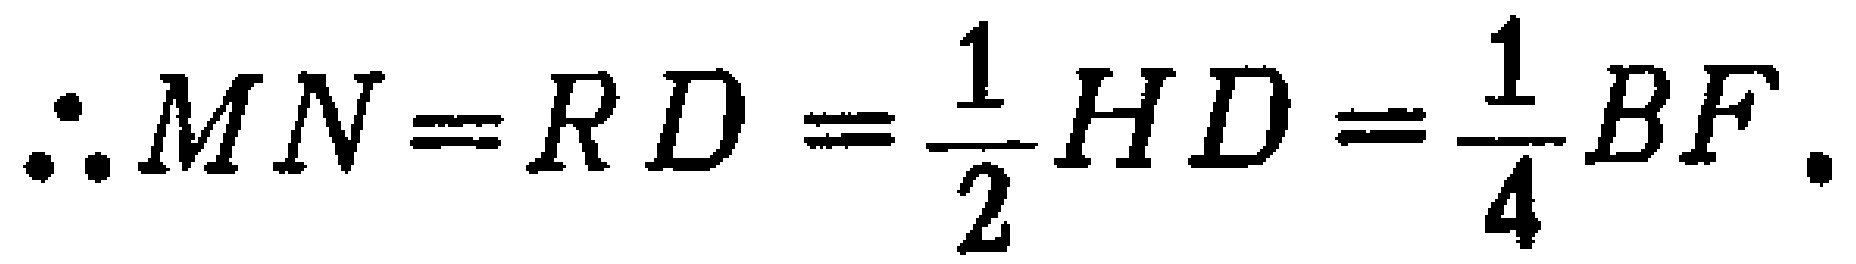
\(\therefore MN = RD=\frac{1}{2}HD=\frac{1}{4}BF.\)